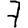
Digit: 7